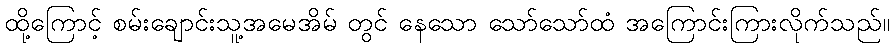
ထို့ကြောင့် စမ်းချောင်းသူ့အမေအိမ် တွင် နေသော သော်သော်ထံ အကြောင်းကြားလိုက်သည်။